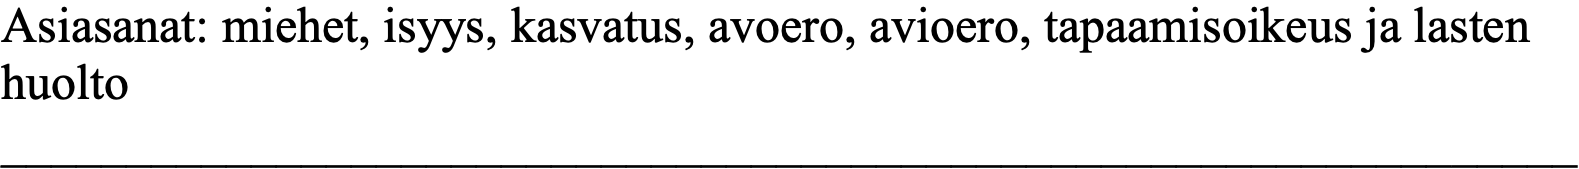
Asiasanat: miehet, isyys, kasvatus, avoero, avioero, tapaamisoikeus ja lasten huolto _______________________________________________________________